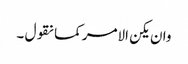
وان یکن الامر کما نقول ۔